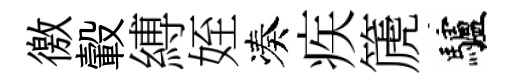
徼轂縛姪凑疾篪驢